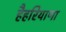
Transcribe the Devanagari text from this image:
हैहरियाणा